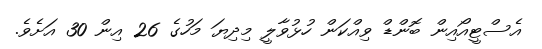
އެސްޓީއޯއިން ބޮންޑް ވިއްކަން ހުޅުވާލީ މިދިޔަ މަހުގެ 26 އިން 30 އަށެވެ.